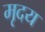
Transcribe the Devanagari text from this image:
मृदय